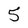
Character: 5